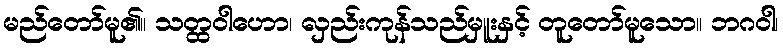
မည်တော်မူ၏။ သတ္ထဝါဟော၊ လှည်းကုန်သည်မှူးနှင့် တူတော်မူသော။ ဘဂဝါ၊